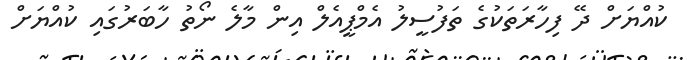
ކުއްޔަށް ދޭ ފިހާރަތަކުގެ ތަފުސީލު އެމްޕީއެލް އިން މާލެ ނޯތު ހާބަރުގައި ކުއްޔަށް